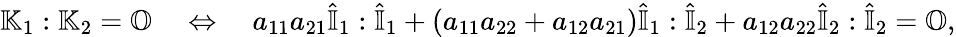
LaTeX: \mathbb{K}_{1}:\mathbb{K}_{2}=\mathbb{O}\quad\Leftrightarrow\quad a_{11}a_{21}\hat{\mathbb{I}}_{1}:\hat{\mathbb{I}}_{1}+(a_{11}a_{22}+a_{12}a_{21})\hat{\mathbb{I}}_{1}:\hat{\mathbb{I}}_{2}+a_{12}a_{22}\hat{\mathbb{I}}_{2}:\hat{\mathbb{I}}_{2}=\mathbb{O},